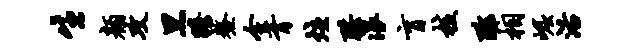
生颜攻黑瞻鳌全胥炷珙浪盲核酢相崛活